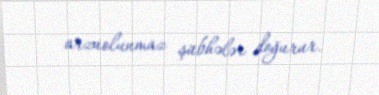
arzuolunmaz şübhələr doğurur.